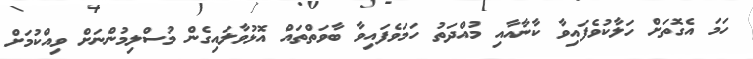
ހަމަ އެގޮތަށް ހަލާކުވެފައިވާ ކާނާއާއި މުއްދަތު ހަމަވެފައިވާ ބާވަތްތައް އޮޅުވާލައިގެން މުސްލިމުންނަށް ވިއްކުމަށް